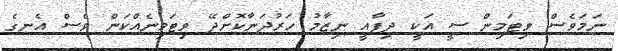
ނަމަވެސް ވިޓަމިން ސީ އަކީ ދިފާއީ ނިޒާމު ހަރުދަނާކޮށްދޭ ވިޓަމިނެއްކަން ވެސް އެނގެ